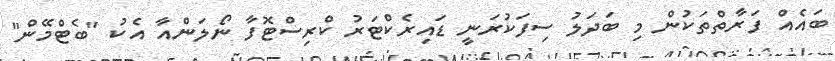
ބައެއް ފަރާތްތަކުން މި ބަދަލު ސިފަކުރަނީ ޑައިރެކްޓަރު ކްރިސްޓޮފާ ނޯލަންއާ އެކު "ބެޓްމޭން"